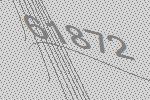
61872